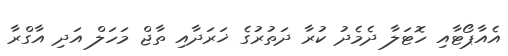
އެއާޕޯޓާއި ހޮޓަލާ ދެމެދު ކުރާ ދަތުރުގެ ޚަރަދާއި ތާޖް މަހަލް އަދި އާގްރާ